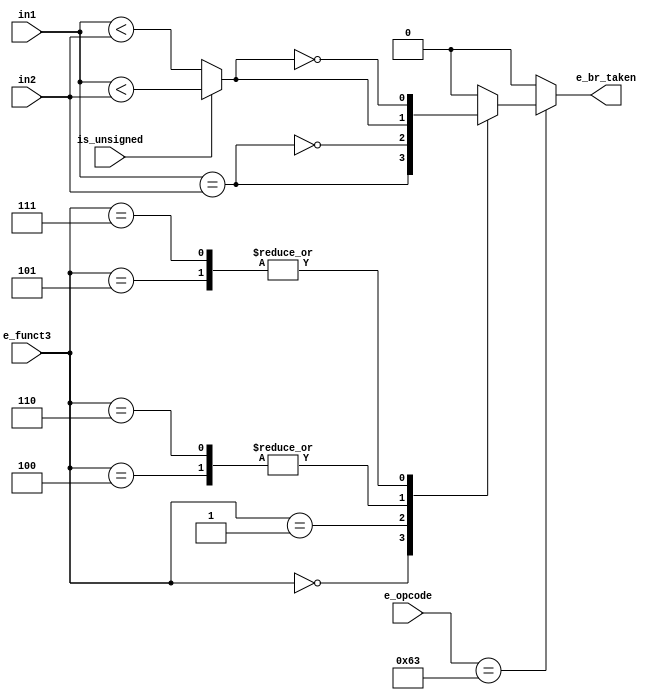
module branch_comp(
    input [31:0] in1,
    input [31:0] in2,
    input [6:0] e_opcode,
    input [2:0] e_funct3,
    input is_unsigned,

    output reg e_br_taken
    //output is_eq,
    //output is_lt
);

reg is_eq;
reg is_lt;

initial begin
    is_eq = 1'b0;
    is_lt = 1'b0;
end

always @(*) begin
    is_eq = in1 == in2;

    if (is_unsigned) begin
        is_lt = in1 < in2;
    end else begin
        is_lt = $signed(in1) < $signed(in2);
    end

    case (e_opcode) //decide result based on opcode
            7'b1100011: begin //branch inst
                case (e_funct3)
                    3'b000: begin //BEQ
                        e_br_taken = is_eq;
                    end

                    3'b001: begin //BNE
                        e_br_taken = !is_eq;
                    end

                    3'b110,
                    3'b100: begin //BLT + BLTU
                        e_br_taken = is_lt;
                    end

                    3'b111,
                    3'b101: begin //BGE + BGEU
                        e_br_taken = !is_lt;
                    end

                    default: begin
                        e_br_taken = 1'b0; //set the output to zero if inst is unknown
                    end
                endcase
            end

            default: begin
                e_br_taken = 1'b0; //set the output to zero if not a branch inst
            end
    endcase

end

endmodule